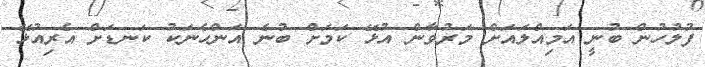
ފުލުހުން ބުނީ އަމިއްލައަށް މަރުވާން އުޅޭ ކަމަށް ބުނެ އަންހެނަކު ކަނޑަށް އެރިއުޅޭ